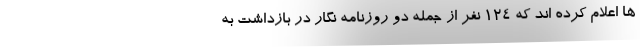
ها اعلام کرده اند که ۱۲۴ نفر از جمله دو روزنامه نگار در بازداشت به